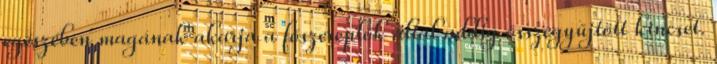
egészében magának akarja a főszereplők által addig összegyűjtött kincset.